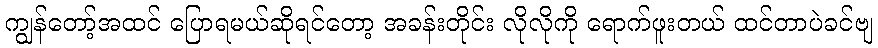
ကျွန်တော့်အထင် ပြောရမယ်ဆိုရင်တော့ အခန်းတိုင်း လိုလိုကို ရောက်ဖူးတယ် ထင်တာပဲခင်ဗျ